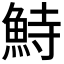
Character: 𩶬